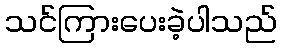
သင်ကြားပေးခဲ့ပါသည်